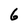
Character: 6